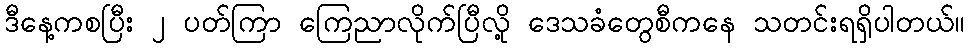
ဒီနေ့ကစပြီး ၂ ပတ်ကြာ ကြေညာလိုက်ပြီလို့ ဒေသခံတွေစီကနေ သတင်းရရှိပါတယ်။